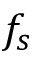
f _ { s }